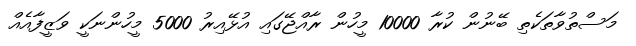
މަސްތުވާތަކެތި ބޭނުން ކުރާ 10000 މީހުން ރާއްޖޭގައި އުޅޭއިރު 5000 މީހުންނަކީ ވަޒީފާއެއް